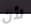
لأن